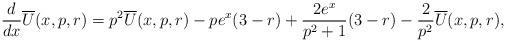
LaTeX: \begin{align*}\frac{d}{dx}\overline{U}(x,p,r)=p^2\overline{U}(x,p,r)-pe^x(3-r)+\frac{2e^x}{p^2+1}(3-r)-\frac{2}{p^2}\overline{U}(x,p,r),\end{align*}